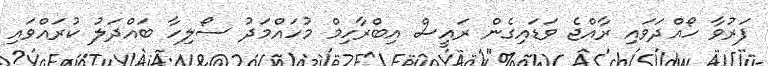
ފަރުވާ ހޯއްދަވައި ރާއްޖެ ވަޑައިގެން ރައީސް އިބްރާހިމް މުހައްމަދު ސޯލިހާ ބައްދަލު ކުރައްވައި